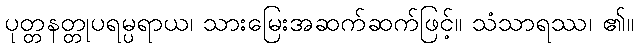
ပုတ္တနတ္တုပရမ္ပရာယ၊ သားမြေးအဆက်ဆက်ဖြင့်။ သံသာရဿ၊ ၏။